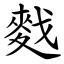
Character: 䴰